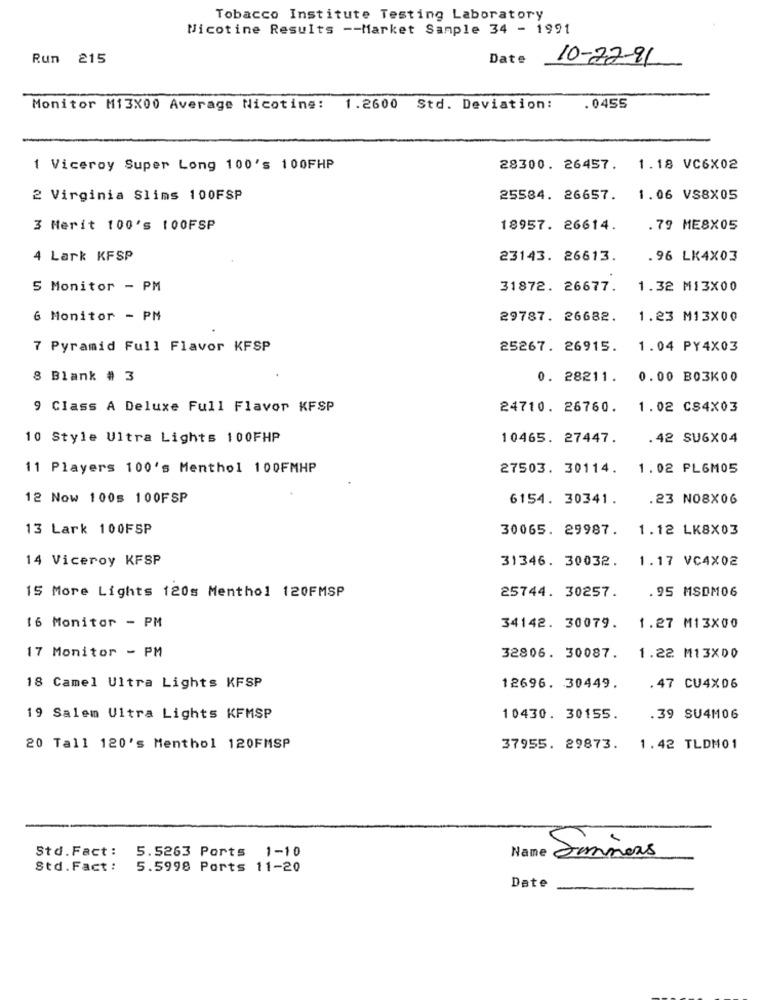
Tobacco Institute Testing Laboratory
Nicotine Results -- Market Sample 34 - 1991
Run 215
Date
10-72-91
Monitor M13X00 Average Nicotine: 1.2600 Std. Deviation:
.0455
1 Viceroy Super Long 100's 100FHP
28300. 26457. 1.18 VC6X02
2 Virginia Slims 100FSP
25584. 26657. 1.06 VS8X05
3 Merit 100's 100FSP
18957. 26614.
.79 ME8X05
4 Lark KFSP
23143. 26613.
.96 LK4X03
5 Monitor - PM
31872. 26677.
1.32 M13X00
6 Monitor - PM
29787. 26682.
1.23 M13X00
7 Pyramid Full Flavor KFSP
25267. 26915.
1.04 PY4X03
8 Blank # 3
0. 28211.
0.00 B03K00
9 Class A Deluxe Full Flavor KFSP
24710. 26760. 1.02 CS4X03
10 Style Ultra Lights 100FHP
10465. 27447.
.42 SUGX04
11 Players 100's Menthol 100FMHP
27503. 30114. 1.02 PL6M05
12 Now 100s 100FSP
6154. 30341.
.23 NO8X06
13 Lark 100FSP
30065. 29987.
1.12 LK8X03
14 Viceroy KFSP
31346. 30032.
1.17 VC4X02
25744. 30257.
.95 MSDM06
15 More Lights 120s Menthol 120FMSP
16 Monitor - PM
34142. 30079.
1.27 M13X00
17 Monitor - PM
32806. 30087.
1.22 M13X00
18 Camel Ultra Lights KFSP
12696. 30449.
.47 CU4X06
19 Salem Ultra Lights KFMSP
10430. 30155.
.39 SU4M06
20 Tall 120's Menthol 120FMSP
37955. 29873. 1.42 TLDM01
Std.Fact :
5.5263 Ports 1-10
Name
Simmers
Std.Fact :
5.5998 Ports 11-20
Date